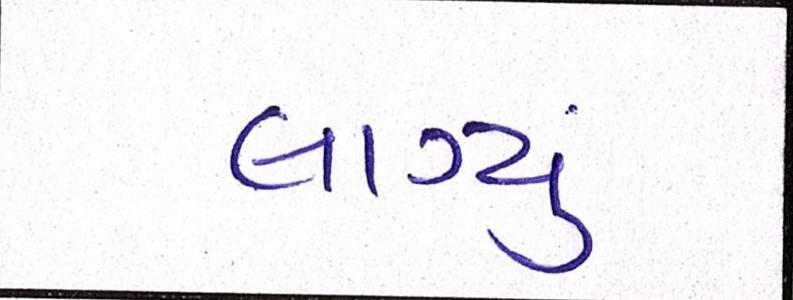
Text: લાગ્યું